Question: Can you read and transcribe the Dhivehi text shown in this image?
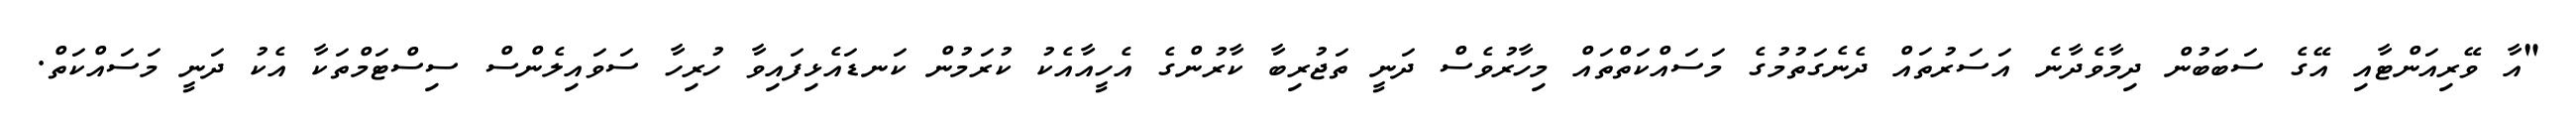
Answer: "އާ ވޭރިއަންޓާއި އޭގެ ސަބަބުން ދިމާވެދާނެ އަސަރުތައް ދެނެގަތުމުގެ މަސައްކަތްތައް މިހާރުވެސް ދަނީ ތަޖުރިބާ ކާރުންގެ އެހީއާއެކު ކުރަމުން ކަނޑައެޅިފައިވާ ހުރިހާ ސަވައިލެންސް ސިސްޓަމްތަކާ އެކު ދަނީ މަސައްކަތް.